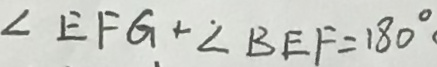
\angle E F G + \angle B E F = 1 8 0 ^ { \circ }